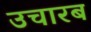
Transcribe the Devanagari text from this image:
उचारब